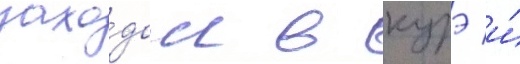
захо́дом в курэ и́